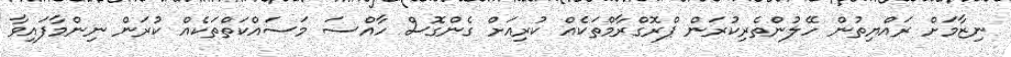
ނިޒާމަށް ރައްޔިތުން ހޭލުންތެރިކުރަން ޕްރޮގްރާމްތަކެއް ކުރިއަށް ގެންގޮސް ހާއްސަ މަސައްކަތްތަކެއް ކުރަން ނިންމާފައިވާ